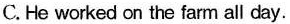
C.He worked on the farm all day.